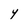
Character: Y